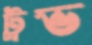
ট্রুভ